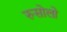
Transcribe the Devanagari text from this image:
रुसोलो